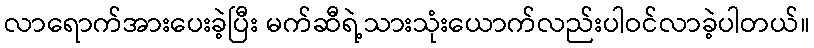
လာရောက်အားပေးခဲ့ပြီး မက်ဆီရဲ့သားသုံးယောက်လည်းပါဝင်လာခဲ့ပါတယ်။